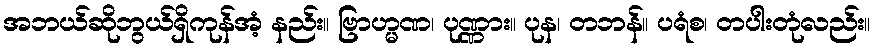
အဘယ်ဆိုဘွယ်ရှိကုန်အံ့ နည်း။ ဗြာဟ္မဏ၊ ပုဏ္ဏား။ ပုန၊ တဘန်။ ပရံစ၊ တပါးတုံလည်း။